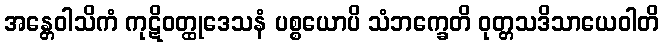
အန္တေဝါသိကံ ကုဋိဝတ္ထုဒေသနံ ပစ္စယောပိ သံဘက္ခေတိ ဝုတ္တသဒိသာယေဝါတိ